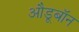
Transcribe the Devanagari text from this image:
औडूबॉन